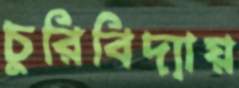
চুরিবিদ্যায়